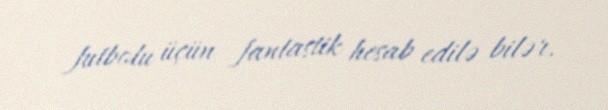
futbolu üçün fantastik hesab edilə bilər.